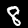
Digit: 8